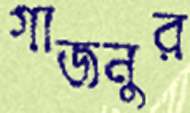
গাজনুর